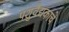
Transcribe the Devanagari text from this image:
पशुवैद्यकाचे